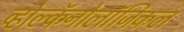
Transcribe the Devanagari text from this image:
व्होल्कॅनोलॉजिकल